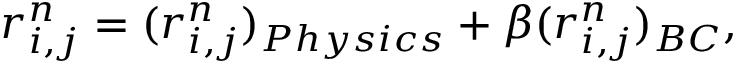
r _ { i , j } ^ { n } = ( r _ { i , j } ^ { n } ) _ { P h y s i c s } + \beta ( r _ { i , j } ^ { n } ) _ { B C } ,